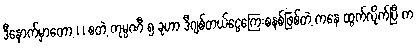
ဒီနောက်မှာတော့ ၊ ၊ စတဲ့ ကုမ္ပဏီ ၅ ခုဟာ ဒီဂျစ်တယ်ငွေကြေးစနစ်ဖြစ်တဲ့ ကနေ ထွက်လိုက်ပြီ က